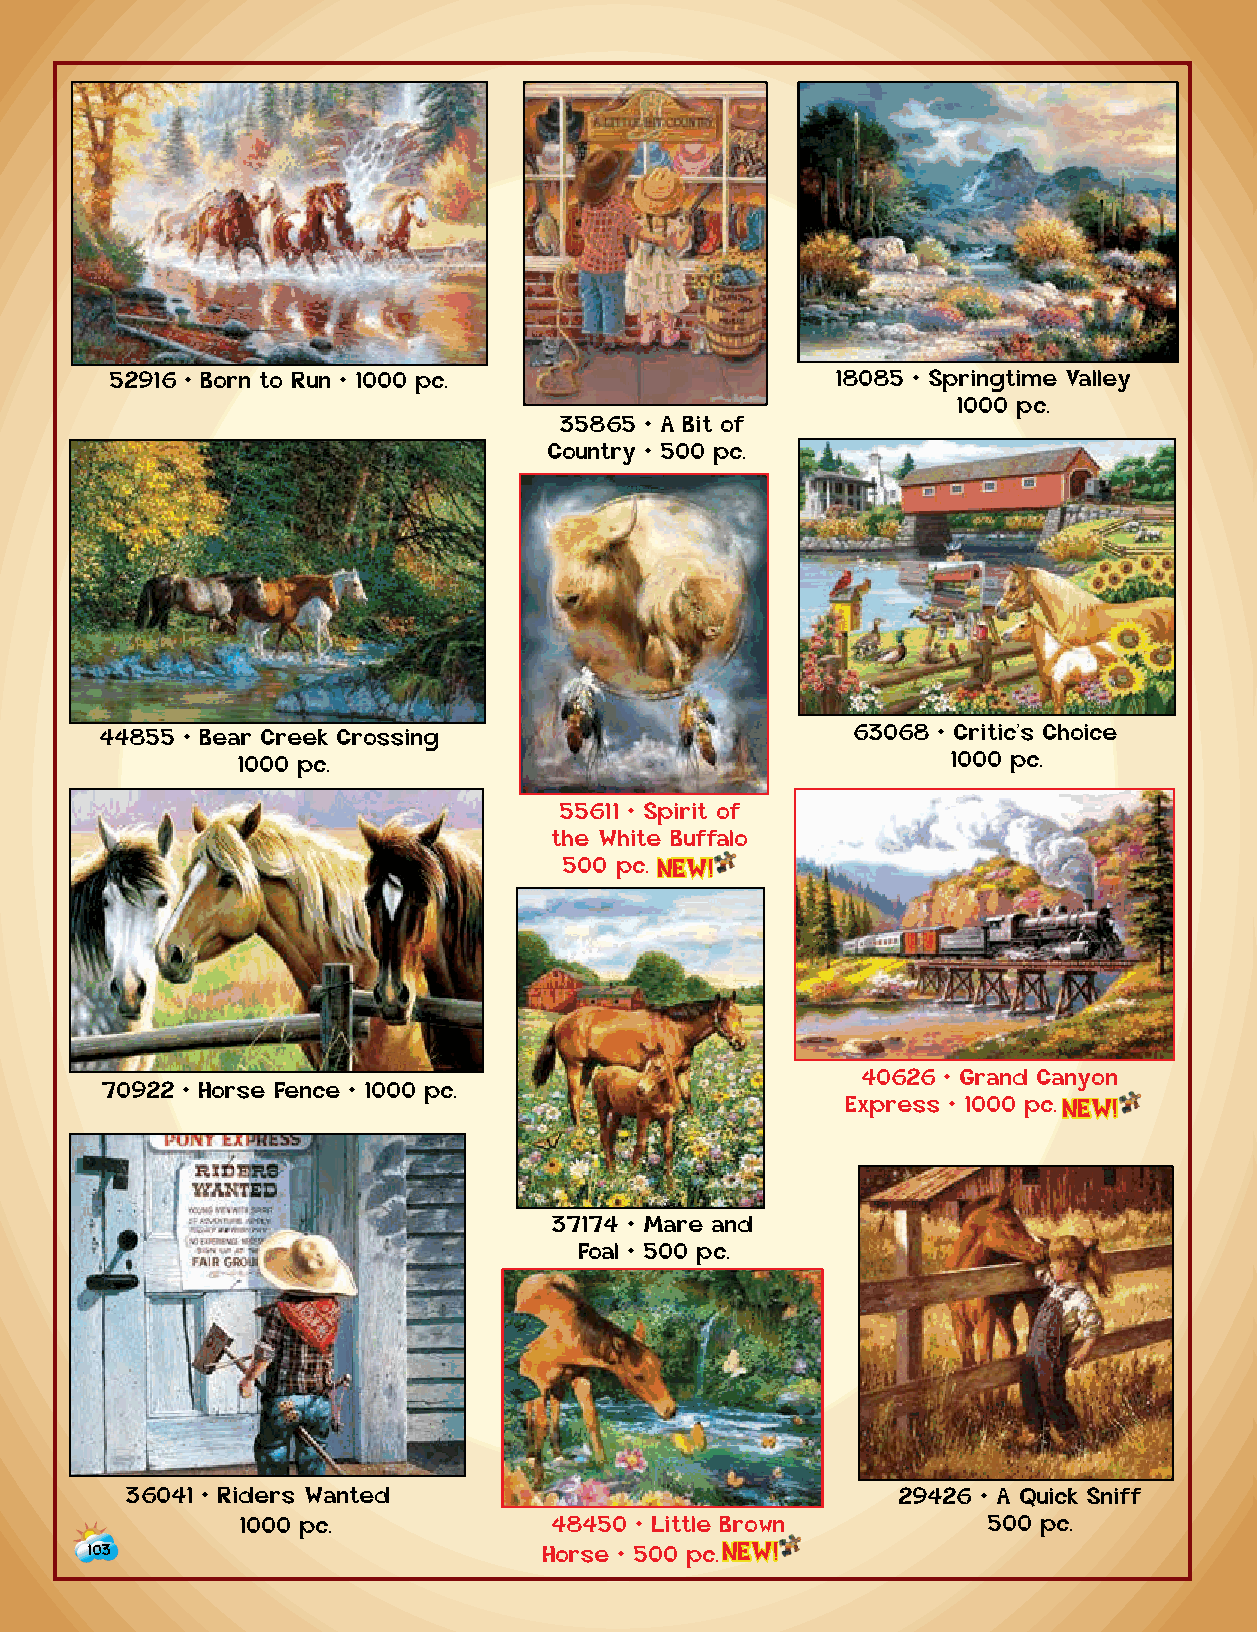
52916 • Born to Run • 1000 pc.                  18085 • Springtime Valley
 1000 pc.
 35865 • A Bit of
 Country • 500 pc.
 44855 • Bear Creek Crossing                      63068 • Critic’s Choice
 1000 pc.                                       1000 pc.
 55611 • Spirit of
 the White Buffalo
 500 p c . NEW!
 40626 • Grand Canyon
 70922 • Horse Fence • 1000 pc.
 Express • 1000 p c . NEW!
 37174 • Mare and
 Foal • 500 pc.
 36041 • Riders Wanted                              29426 • A Quick Sniff
 1000 pc.             48450 • Little Brown        500 pc.
 103                           Horse • 500 p c . NEW!